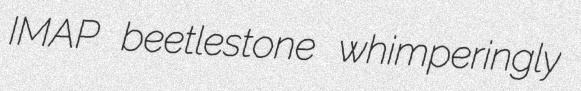
IMAP beetlestone whimperingly